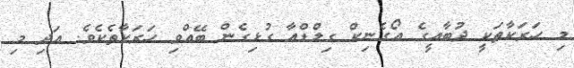
މި ހަރަކާތަކީ ދުބާއީގެ އޯގެނިކް ގިލްޑްއާ ގުޅިގެން ބޭއްވި ހަރަކާތެކެވެ. އަދި މި